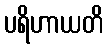
ပရိဟာယတိ